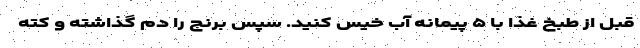
قبل از طبخ غذا با ۵ پیمانه آب خیس کنید. سپس برنج را دم گذاشته و کته